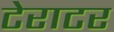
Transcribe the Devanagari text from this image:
टेराटर